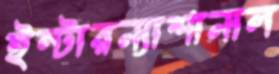
ইন্টারন্যাশানাল